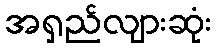
အရှည်လျားဆုံး